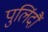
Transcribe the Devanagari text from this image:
पुलिंदौं